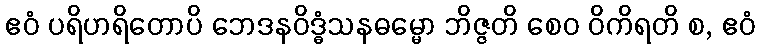
ဧဝံ ပရိဟရိတောပိ ဘေဒနဝိဒ္ဓံသနဓမ္မော ဘိဇ္ဇတိ စေဝ ဝိကိရတိ စ, ဧဝံ